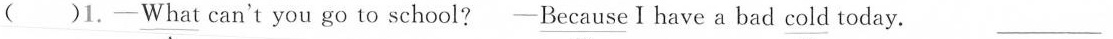
( )1. —\underline{What} can't you go to school? —\underline{Because} I have a bad \underline{cold} today. ___